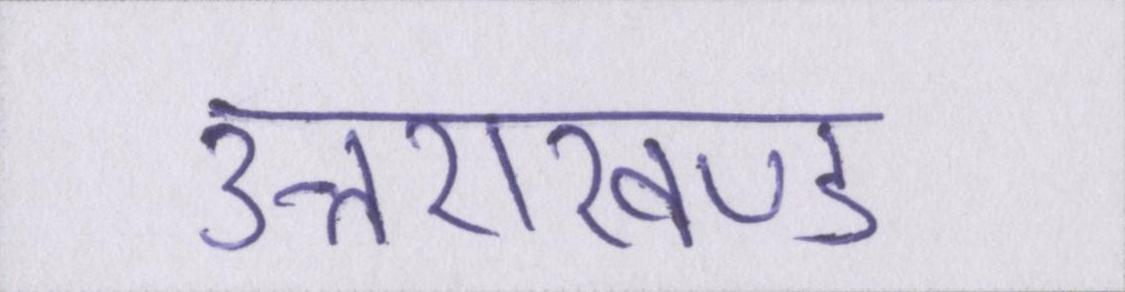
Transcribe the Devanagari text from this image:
उत्तराखण्ड